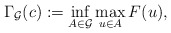
\begin{align*} \Gamma_{\mathcal{G}}(c):=\inf_{A\in \mathcal{G}}\max_{u \in A} F(u),\end{align*}